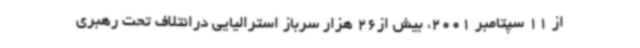
از 11 سپتامبر 2001، بیش از26 هزار سرباز استرالیایی درائتلاف تحت رهبری